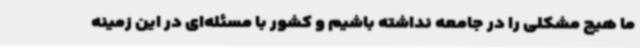
ما هیچ مشکلی را در جامعه نداشته باشیم و کشور با مسئله‌ای در این زمینه